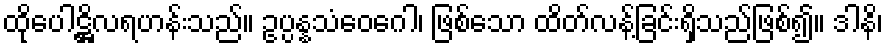
ထိုပေါဋ္ဌိလရဟန်းသည်။ ဥပ္ပန္နသံဝေဂေါ၊ ဖြစ်သော ထိတ်လန့်ခြင်းရှိသည်ဖြစ်၍။ ဒါနိ၊